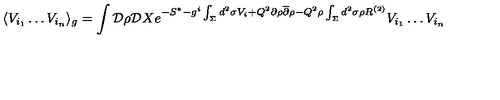
\langle V _ { i _ { 1 } } \dots V _ { i _ { n } } \rangle _ { g } = \int { \cal D } \rho { \cal D } X e ^ { - S ^ { * } - g ^ { i } \int _ { \Sigma } d ^ { 2 } \sigma V _ { i } + Q ^ { 2 } \partial \rho { \overline { \partial } } \rho - Q ^ { 2 } \rho \int _ { \Sigma } d ^ { 2 } \sigma \rho R ^ { ( 2 ) } } V _ { i _ { 1 } } \dots V _ { i _ { n } }